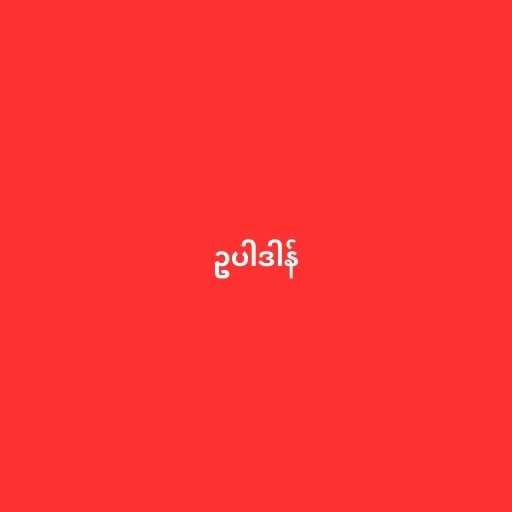
ဥပါဒါန်